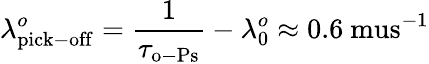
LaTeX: \lambda_{\mathrm{pick-off}}^{o}=\frac{1}{\tau_{\mathrm{o-Ps}}}-\lambda_{0}^{o}\approx 0.6\mathrm{\ mus}^{-1}